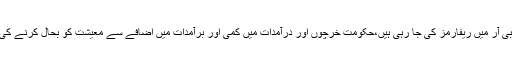
انہوں نے کہا کہ ایف بی آر میں ریفارمز کی جا رہی ہیں،حکومت خرچوں اور درآمدات میں کمی اور برآمدات میں اضافے سے معیشت کو بحال کرنے کی کوشش کر رہی ہے ۔